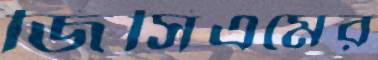
জিসিএমের